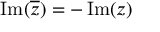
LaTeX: \operatorname { I m } ( { \overline { { z } } } ) = - \operatorname { I m } ( z ) \quad